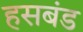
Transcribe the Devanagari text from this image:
हसबंड